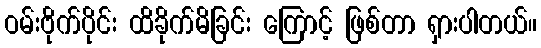
ဝမ်းဗိုက်ပိုင်း ထိခိုက်မိခြင်း ကြောင့် ဖြစ်တာ ရှားပါတယ်။